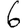
Digit: 6